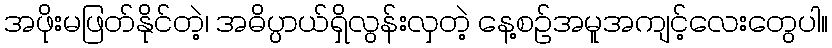
အဖိုးမဖြတ်နိုင်တဲ့၊ အဓိပ္ပာယ်ရှိလွန်းလှတဲ့ နေ့စဉ်အမူအကျင့်လေးတွေပါ။